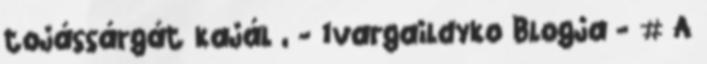
tojássárgát kajál , - 1vargaildyko Blogja - # A